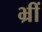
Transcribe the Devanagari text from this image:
भ्रीं